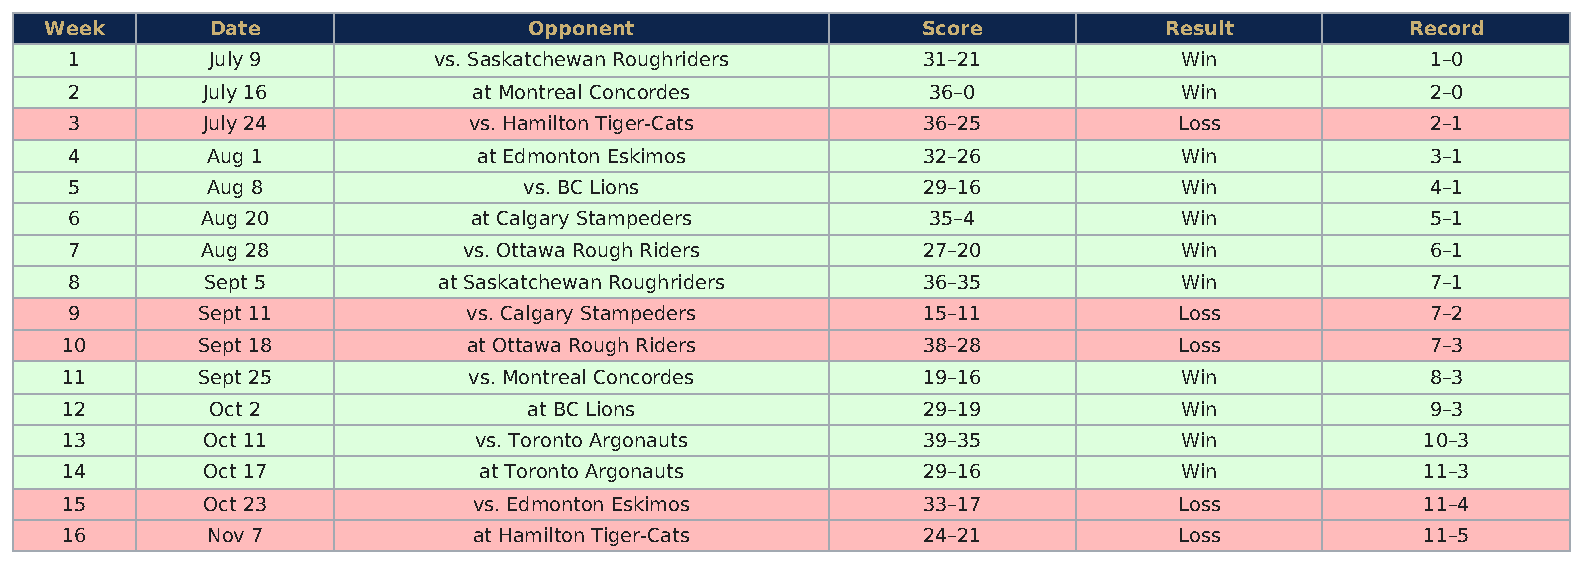
Week       Date                 Opponent                  Score           Result          Record
 1        July 9         vs. Saskatchewan Roughriders    31–21            Win              1–0
 2       July 16           at Montreal Concordes         36–0             Win              2–0
 3       July 24           vs. Hamilton Tiger-Cats       36–25            Loss             2–1
 4        Aug 1             at Edmonton Eskimos          32–26            Win              3–1
 5        Aug 8                vs. BC Lions              29–16            Win              4–1
 6       Aug 20            at Calgary Stampeders         35–4             Win              5–1
 7       Aug 28            vs. Ottawa Rough Riders       27–20            Win              6–1
 8        Sept 5         at Saskatchewan Roughriders     36–35            Win              7–1
 9       Sept 11           vs. Calgary Stampeders        15–11            Loss             7–2
 10       Sept 18           at Ottawa Rough Riders        38–28            Loss             7–3
 11       Sept 25           vs. Montreal Concordes        19–16            Win              8–3
 12        Oct 2                at BC Lions               29–19            Win              9–3
 13       Oct 11            vs. Toronto Argonauts         39–35            Win             10–3
 14       Oct 17             at Toronto Argonauts         29–16            Win             11–3
 15       Oct 23            vs. Edmonton Eskimos          33–17            Loss            11–4
 16        Nov 7            at Hamilton Tiger-Cats        24–21            Loss            11–5